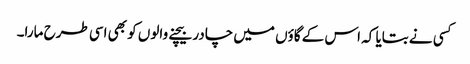
کسی نے بتایا کہ اس کے گاؤں میں چادر بیچنے والوں کو بھی اسی طرح مارا۔